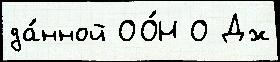
да́нной ОО́Н О Дж